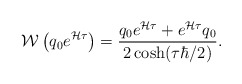
\begin{align*}{\cal W}\left(q_0 e^{{\cal H}\tau}\right)={q_0 e^{{\cal H}\tau}+e^{{\cal H}\tau}q_0\over 2\cosh (\tau\hbar/2)}.\end{align*}